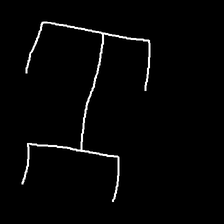
Glyph: entwine